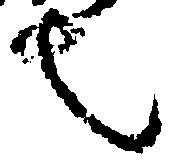
也